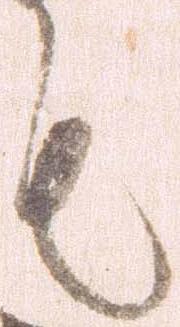
も